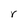
Character: r